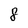
Character: 8